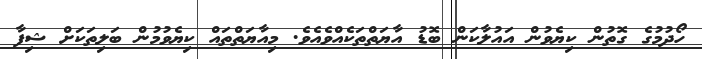
ހޯދުމުގެ ގޮތުން ކިޔެވުން އައުލާކަން ބޮޑު އާޔަތްތަކެއްވެއެވެ. މިއާޔަތްތައް ކިޔެވުމުން ބަލިތަކަށް ޝިފާ